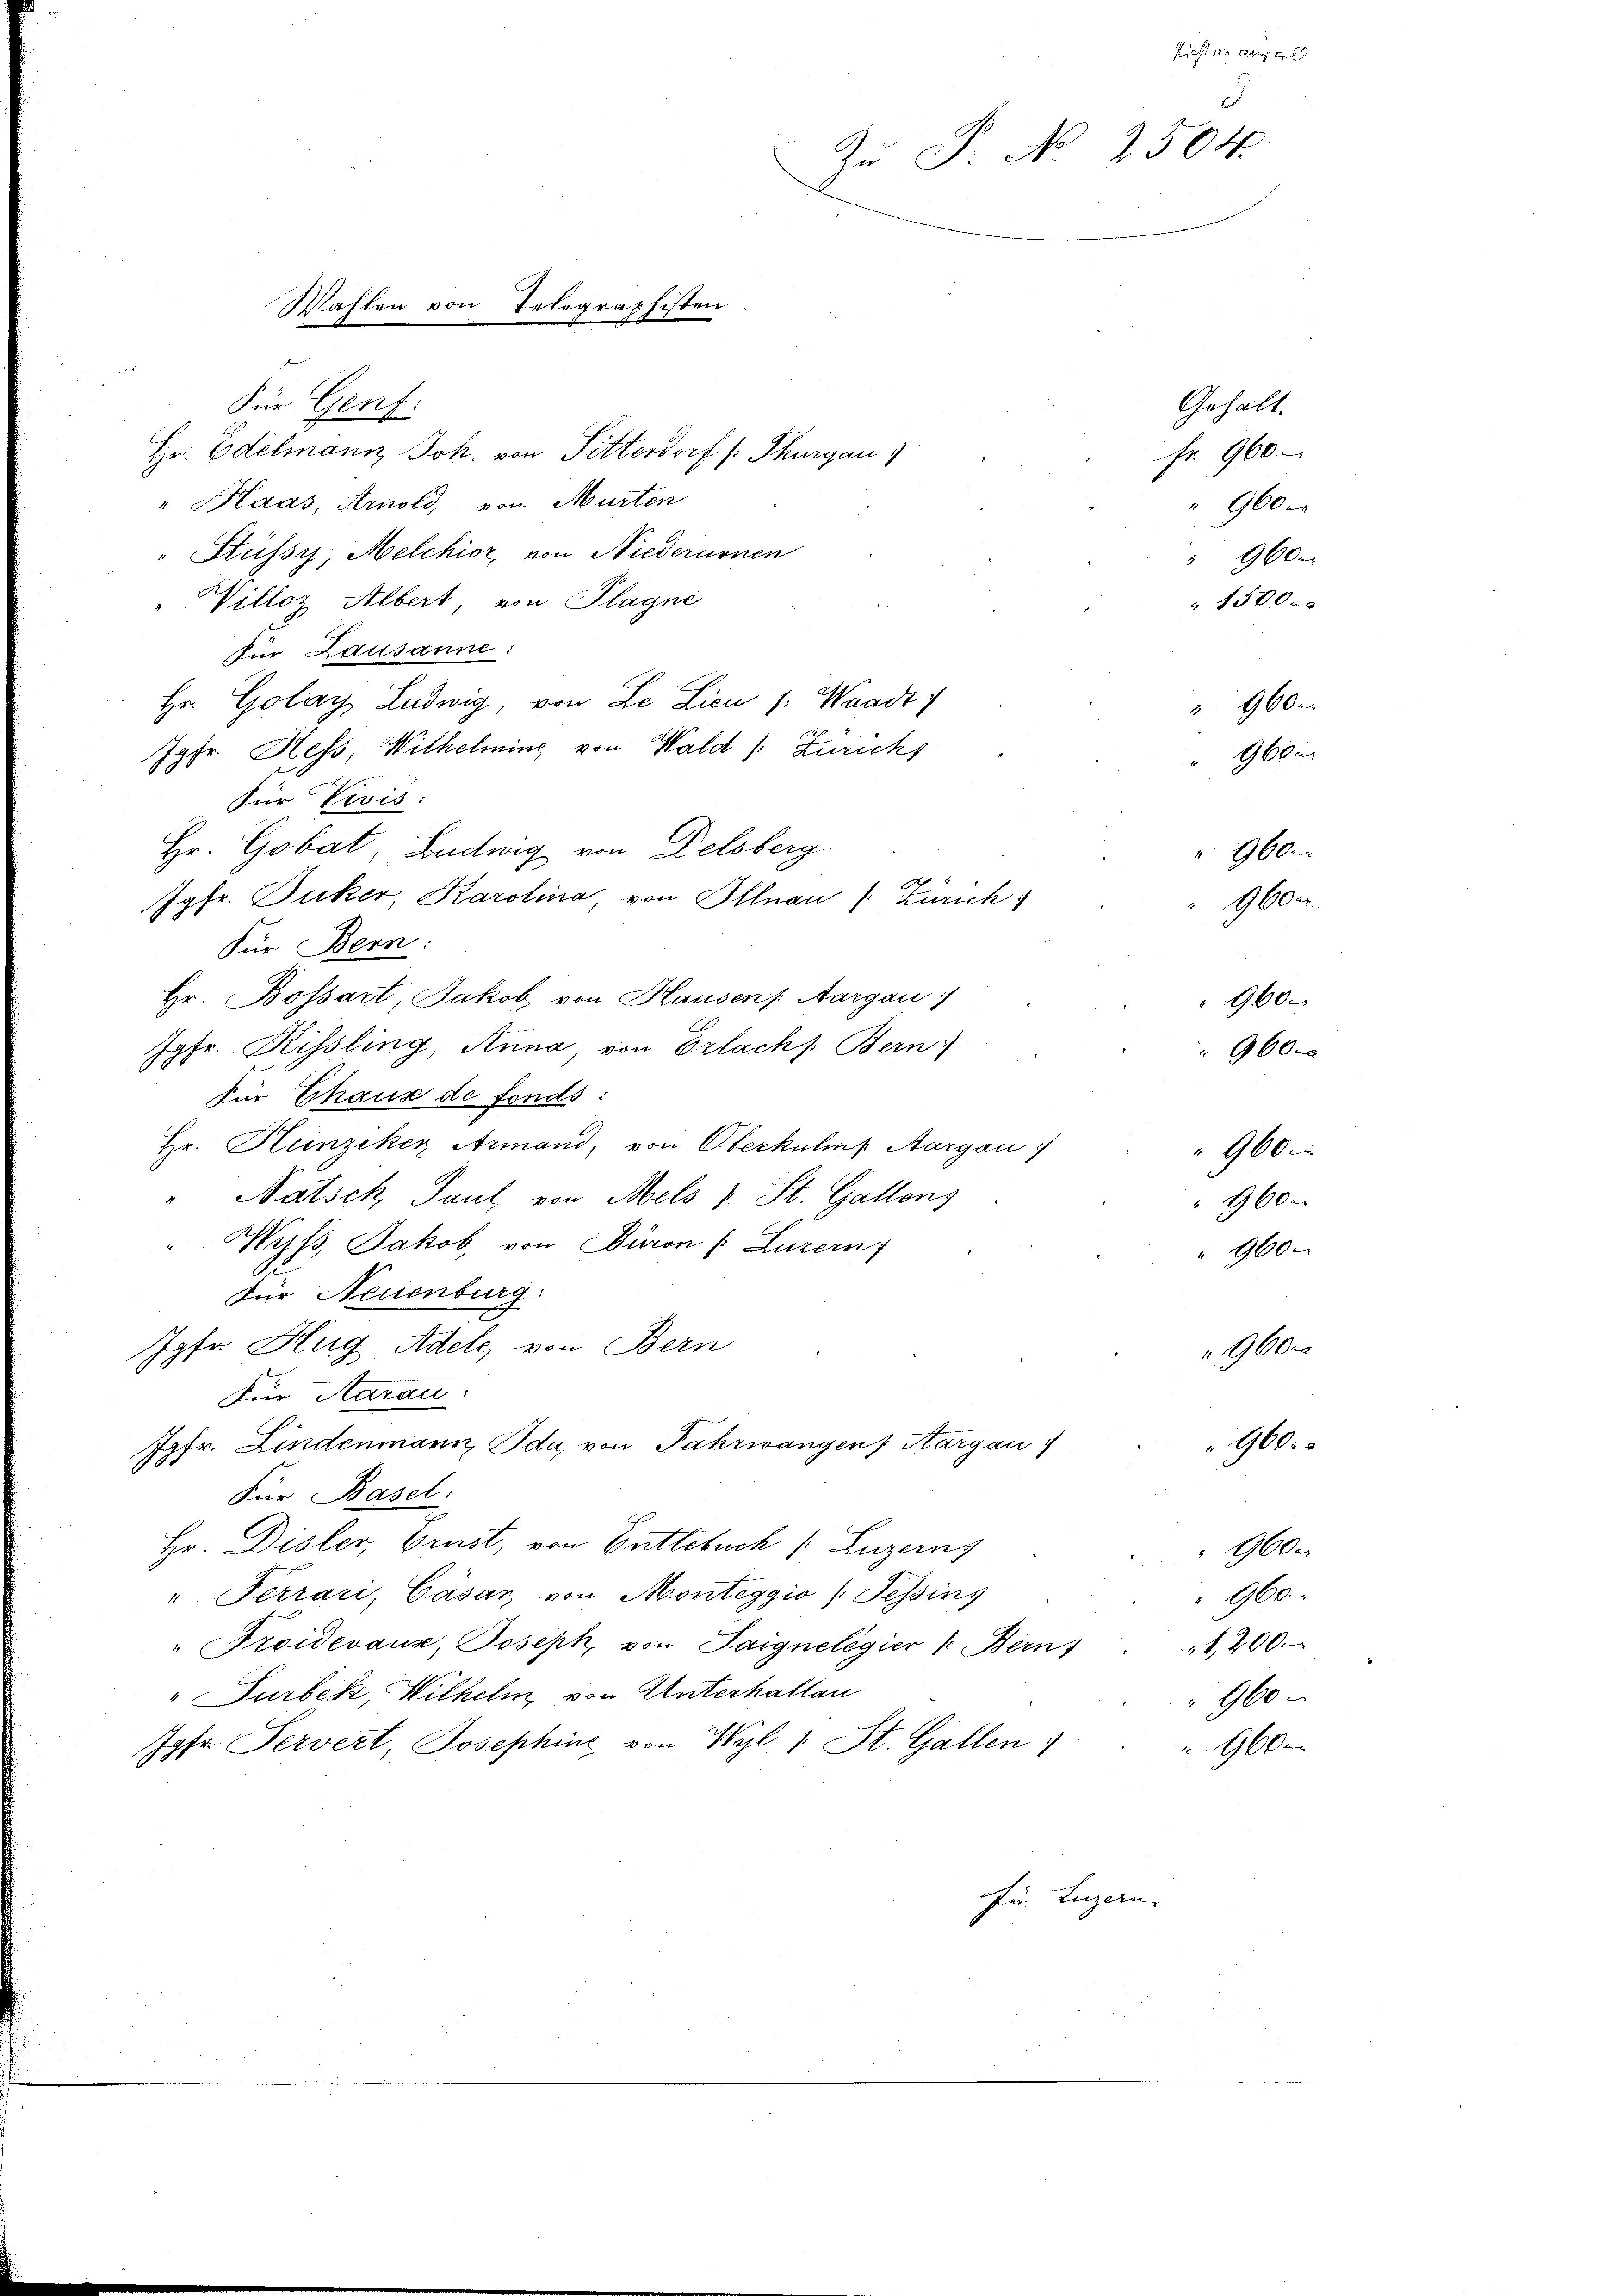
Pief von erzi
d
Zŭ P. No 2504.
Wahlen von Telegraphisten

Für Genf.
Hr. Edelmann Joh. von Pitterdorf (: Thurgau
" Haas, Arnold, von Murten
" Süssy Melchior von Niederurnen
Willoz Albert, von Plagne
für Lausanne:
Hr. Golay Ludwig, von Le Licu /: Waadt
Jgfr. Hess, Wilhelming von Wald /: Zurichs
Für Divis:
Hr. Gobat, Ludwig von Delsberg
Jgfr. Zucker, Karolina von Illnau (Zürich
Für Bern:
Hr. Bossart, Jakob von Hausens. Aargau)
Jgfr. Rissling, Anna von Erlach Bern
Für Chaus de fonds:
Hr. Heinziker Armand, von Oberkulins Aargau
900.
"Natsch Paul von Mels 1 St. Gallens
360.
Wys Jakob, von Düron (Luzern)
960
Für Neuenburg.
Jgfr. Hug Adele, von Bern
9000
Für Aarau
Jgfr. Lindenmann Ida, von Fahrwangen, Aargau
960 x
.
Für Basel:
Hr. Disler, Brust, von Entlebuch /: Luzerns
960.
". Terrari, Cäsar von Monteggio (Tessing
960
Froidevaus, Joseph, von Taigneligier & Berns
1,200
" Surbek, Wilhelm von Unterhalten
960
Jahr Pervert, Josephine von Wyl. 1 St. Gallen
9
Fü. Luzern.

e

fr. 960
 960

960.

1
9000

Gehalt.

960.

960.
1500
 960 x
960